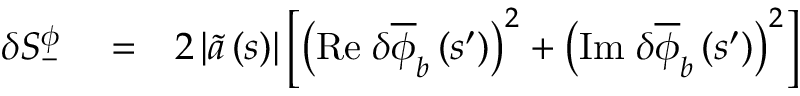
\begin{array} { r l r } { \delta S _ { - } ^ { \phi } } & { { } = } & { 2 \left\vert \widetilde { a } \left( s \right) \right\vert \left[ \left( \mathrm { R e } \; \delta \overline { { \phi } } _ { b } \left( s ^ { \prime } \right) \right) ^ { 2 } + \left( \mathrm { I m } \; \delta \overline { { \phi } } _ { b } \left( s ^ { \prime } \right) \right) ^ { 2 } \right] } \end{array}